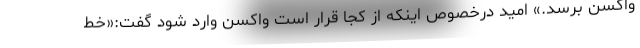
واکسن برسد.» امید درخصوص اینکه از کجا قرار است واکسن وارد شود گفت:«خط